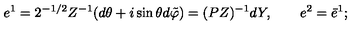
e ^ { 1 } = 2 ^ { - 1 / 2 } Z ^ { - 1 } ( d \theta + i \sin \theta d \tilde { \varphi } ) = ( P Z ) ^ { - 1 } d Y , \qquad e ^ { 2 } = \bar { e } ^ { 1 } ;